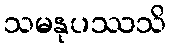
သမနုပဿသိ